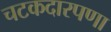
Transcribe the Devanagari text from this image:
चटकदारपणा